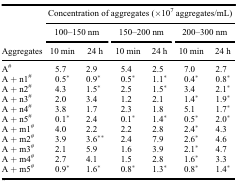
<table><thead><tr><td><b> </b></td><td colspan="6"><b>Concentration of aggregates (×10<sup>7</sup> aggregates/mL)</b></td></tr><tr><td><b> </b></td><td colspan="2"><b>100–150 nm</b></td><td colspan="2"><b>150–200 nm</b></td><td colspan="2"><b>200–300 nm</b></td></tr><tr><td><b>Aggregates</b></td><td><b>10 min</b></td><td><b>24 h</b></td><td><b>10 min</b></td><td><b>24 h</b></td><td><b>10 min</b></td><td><b>24 h</b></td></tr></thead><tbody><tr><td>A<sup>#</sup></td><td>5.7</td><td>2.9</td><td>5.4</td><td>2.5</td><td>7.0</td><td>2.7</td></tr><tr><td>A + n1<sup>#</sup></td><td>0.5*</td><td>0.9*</td><td>0.5*</td><td>1.1*</td><td>0.4*</td><td>0.8*</td></tr><tr><td>A + n2<sup>#</sup></td><td>4.3</td><td>1.5*</td><td>2.5</td><td>1.5*</td><td>3.4</td><td>2.1*</td></tr><tr><td>A + n3<sup>#</sup></td><td>2.0</td><td>3.4</td><td>1.2</td><td>2.1</td><td>1.4*</td><td>1.9*</td></tr><tr><td>A + n4<sup>#</sup></td><td>3.8</td><td>1.7</td><td>2.3</td><td>1.8</td><td>5.1</td><td>1.7*</td></tr><tr><td>A + n5<sup>#</sup></td><td>0.1*</td><td>2.4</td><td>0.1*</td><td>1.4*</td><td>0.5*</td><td>2.0*</td></tr><tr><td>A + m1<sup>#</sup></td><td>4.0</td><td>2.2</td><td>2.2</td><td>2.8</td><td>2.4*</td><td>4.3</td></tr><tr><td>A + m2<sup>#</sup></td><td>3.9</td><td>3.6**</td><td>2.4</td><td>7.9</td><td>2.6*</td><td>4.6</td></tr><tr><td>A + m3<sup>#</sup></td><td>2.1</td><td>5.9</td><td>1.6</td><td>3.9</td><td>2.1*</td><td>4.7</td></tr><tr><td>A + m4<sup>#</sup></td><td>2.7</td><td>4.1</td><td>1.5</td><td>2.8</td><td>1.6*</td><td>3.3</td></tr><tr><td>A + m5<sup>#</sup></td><td>0.9*</td><td>1.6*</td><td>0.8*</td><td>1.3*</td><td>0.8*</td><td>1.4*</td></tr></tbody></table>